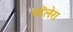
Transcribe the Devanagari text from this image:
व्हॅलेरा